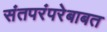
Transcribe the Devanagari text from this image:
संतपरंपरेबाबत